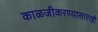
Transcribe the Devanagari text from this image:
काळजीकरण्यासारखी